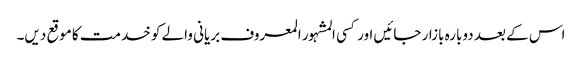
اس کے بعد دوبارہ بازار جائیں اور کسی المشہور المعروف بریانی والے کو خدمت کا موقع دیں۔